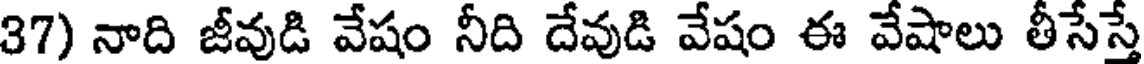
37) నాది జీవుడి వేషం నీది దేవుడి వేషం ఈ వేషాలు తీసేస్తే